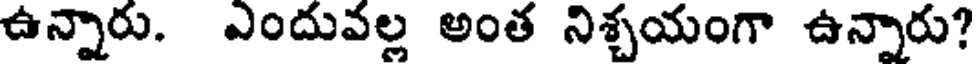
ఉన్నారు. ఎందువల్ల అంత నిశ్చయంగా ఉన్నారు?